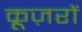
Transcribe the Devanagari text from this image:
क्रूज़रों